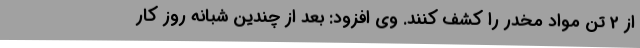
از 2 تن مواد مخدر را کشف کنند. وی افزود: بعد از چندین شبانه روز کار